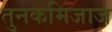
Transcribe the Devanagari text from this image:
तुनकमिजाज